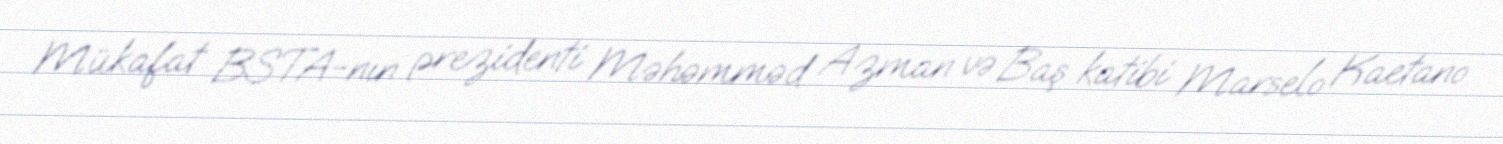
Mükafat BSTA-nın prezidenti Məhəmməd Azman və Baş katibi Marselo Kaetano